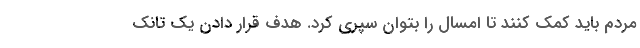
مردم باید کمک کنند تا امسال را بتوان سپری کرد. هدف قرار دادن یک تانک